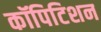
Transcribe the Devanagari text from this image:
कॉपिटिशन